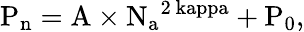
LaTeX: \mathrm{{P_{n}}=\mathrm{{A}\times\mathrm{{N_{a}}^{2\ kappa}+\mathrm{{P_{0}},}}}}